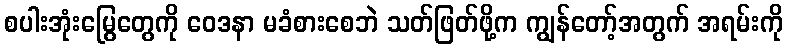
စပါးအုံးမြွေတွေကို ဝေဒနာ မခံစားစေဘဲ သတ်ဖြတ်ဖို့က ကျွန်တော့်အတွက် အရမ်းကို